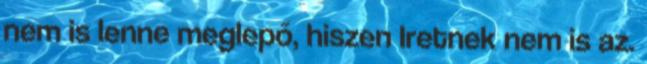
nem is lenne meglepő, hiszen Iretnek nem is az.